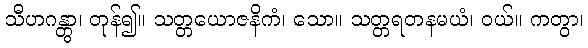
သီဟဂန္တွာ၊ တုန်၍။ သတ္တယောဇနိကံ၊ သော။ သတ္တရတနမယံ၊ ဝယ်။ ကတွာ၊